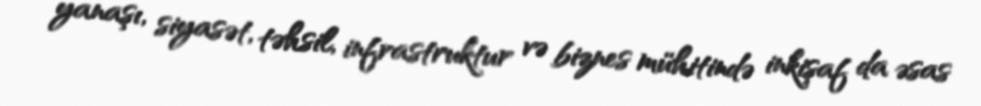
yanaşı, siyasət, təhsil, infrastruktur və biznes mühitində inkişaf da əsas